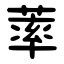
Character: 䔞